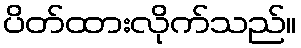
ပိတ်ထားလိုက်သည်။